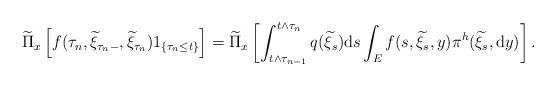
LaTeX: \begin{align*}\widetilde{\Pi}_{x}\left[f(\tau_{n},\widetilde{\xi}_{\tau_{n}-},\widetilde{\xi}_{\tau_{n}})1_{\{\tau_{n}\le t\}}\right]=\widetilde{\Pi}_{x}\left[\int_{t\wedge \tau_{n-1}}^{t\wedge \tau_{n}}q(\widetilde{\xi}_{s}){\rm d}s\int_{E}f(s,\widetilde{\xi}_{s},y)\pi^{h}(\widetilde{\xi}_{s},{\rm d}y)\right].\end{align*}